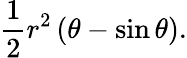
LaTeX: {\frac{1}{2}}r^{2}\left(\theta-\sin{\theta}\right).